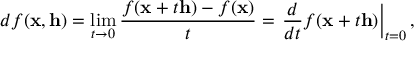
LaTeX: d f ( \mathbf { x } , \mathbf { h } ) = \operatorname* { l i m } _ { t \to 0 } { \frac { f ( \mathbf { x } + t \mathbf { h } ) - f ( \mathbf { x } ) } { t } } = \left. { \frac { d } { d t } } f ( \mathbf { x } + t \mathbf { h } ) \right| _ { t = 0 } ,